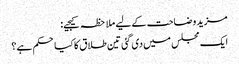
مزید وضاحت کے لیے ملاحظہ کیجیے:
ایک مجلس میں‌ دی گئی تین طلاق کا کیا حکم ہے؟